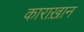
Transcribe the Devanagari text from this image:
काराख़ान